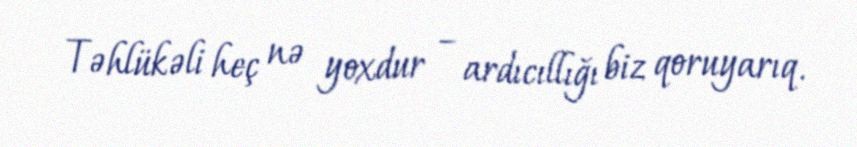
Təhlükəli heç nə yoxdur – ardıcıllığı biz qoruyarıq.